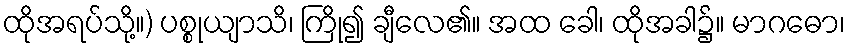
ထိုအရပ်သို့။) ပစ္စုယျာသိ၊ ကြို၍ ချီလေ၏။ အထ ခေါ၊ ထိုအခါ၌။ မာဂဓော၊